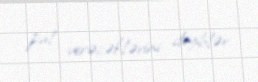
pul verəcəklərini deyiblər.